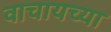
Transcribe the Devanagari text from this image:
वाचायच्या